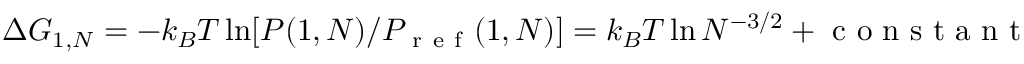
\Delta G _ { 1 , N } = - k _ { B } T \ln [ P ( 1 , N ) / P _ { \mathrm { ~ r ~ e ~ f ~ } } ( 1 , N ) ] = k _ { B } T \ln N ^ { - 3 / 2 } + \mathrm { ~ c ~ o ~ n ~ s ~ t ~ a ~ n ~ t ~ }